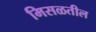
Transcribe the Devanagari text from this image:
मिसळतील